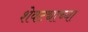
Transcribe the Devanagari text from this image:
शेवट्याच्या